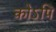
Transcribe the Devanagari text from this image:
कोऽपि